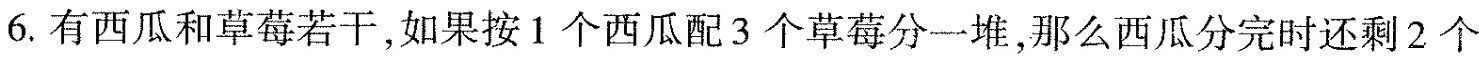
6.有西瓜和草莓若干，如果按1个西瓜配3个草莓分一堆，那么西瓜分完时还剩2个